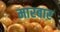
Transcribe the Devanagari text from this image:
मारबार